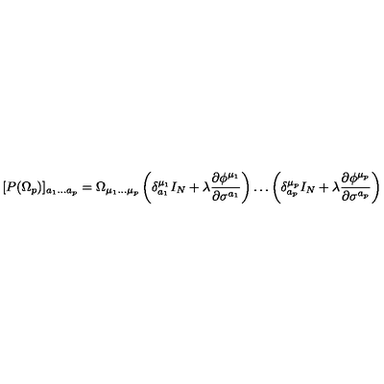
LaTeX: [ P ( \Omega _ { p } ) ] _ { a _ { 1 } \ldots a _ { p } } = \Omega _ { \mu _ { 1 } \ldots \mu _ { p } } \left( \delta _ { a _ { 1 } } ^ { \mu _ { 1 } } I _ { N } + \lambda \frac { \partial \phi ^ { \mu _ { 1 } } } { \partial \sigma ^ { a _ { 1 } } } \right) \ldots \left( \delta _ { a _ { p } } ^ { \mu _ { p } } I _ { N } + \lambda \frac { \partial \phi ^ { \mu _ { p } } } { \partial \sigma ^ { a _ { p } } } \right)